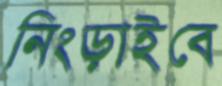
নিংড়াইবে